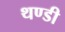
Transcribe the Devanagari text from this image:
थण्डी